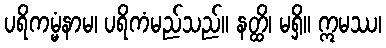
ပရိကမ္မံနာမ၊ ပရိကံမည်သည်။ နတ္ထိ၊ မရှိ။ ဣမဿ၊